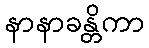
နာနာခန္တိကာ